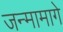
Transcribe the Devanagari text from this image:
जन्मामागे